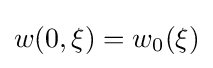
w(0,\xi )=w_{0}(\xi )